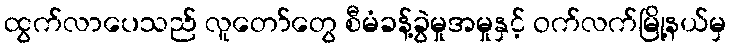
ထွက်လာပေသည် လူတော်တွေ စီမံခန့်ခွဲမှုအမှုနှင့် ဝက်လက်မြို့နယ်မှ